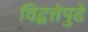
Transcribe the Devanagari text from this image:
विद्वत्तेपुढे